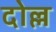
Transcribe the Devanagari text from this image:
दोल्ल